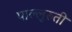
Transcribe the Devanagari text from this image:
पाल्लुरुती